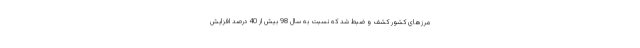
مرزهای کشور کشف و ضبط شد که نسبت به سال 98 بیش از 40 درصد افزایش